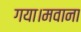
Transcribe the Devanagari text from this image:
गया।मवाना